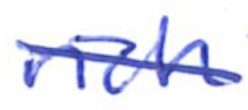
Text: rich
Cross-out: mix
Writing tool: ballpoint